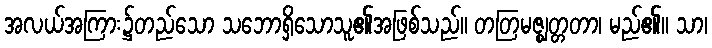
အလယ်အကြား၌တည်သော သဘောရှိသောသူ၏အဖြစ်သည်။ တတြမဇ္ဈတ္တတာ၊ မည်၏။ သာ၊